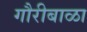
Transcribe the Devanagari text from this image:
गौरीबाळा